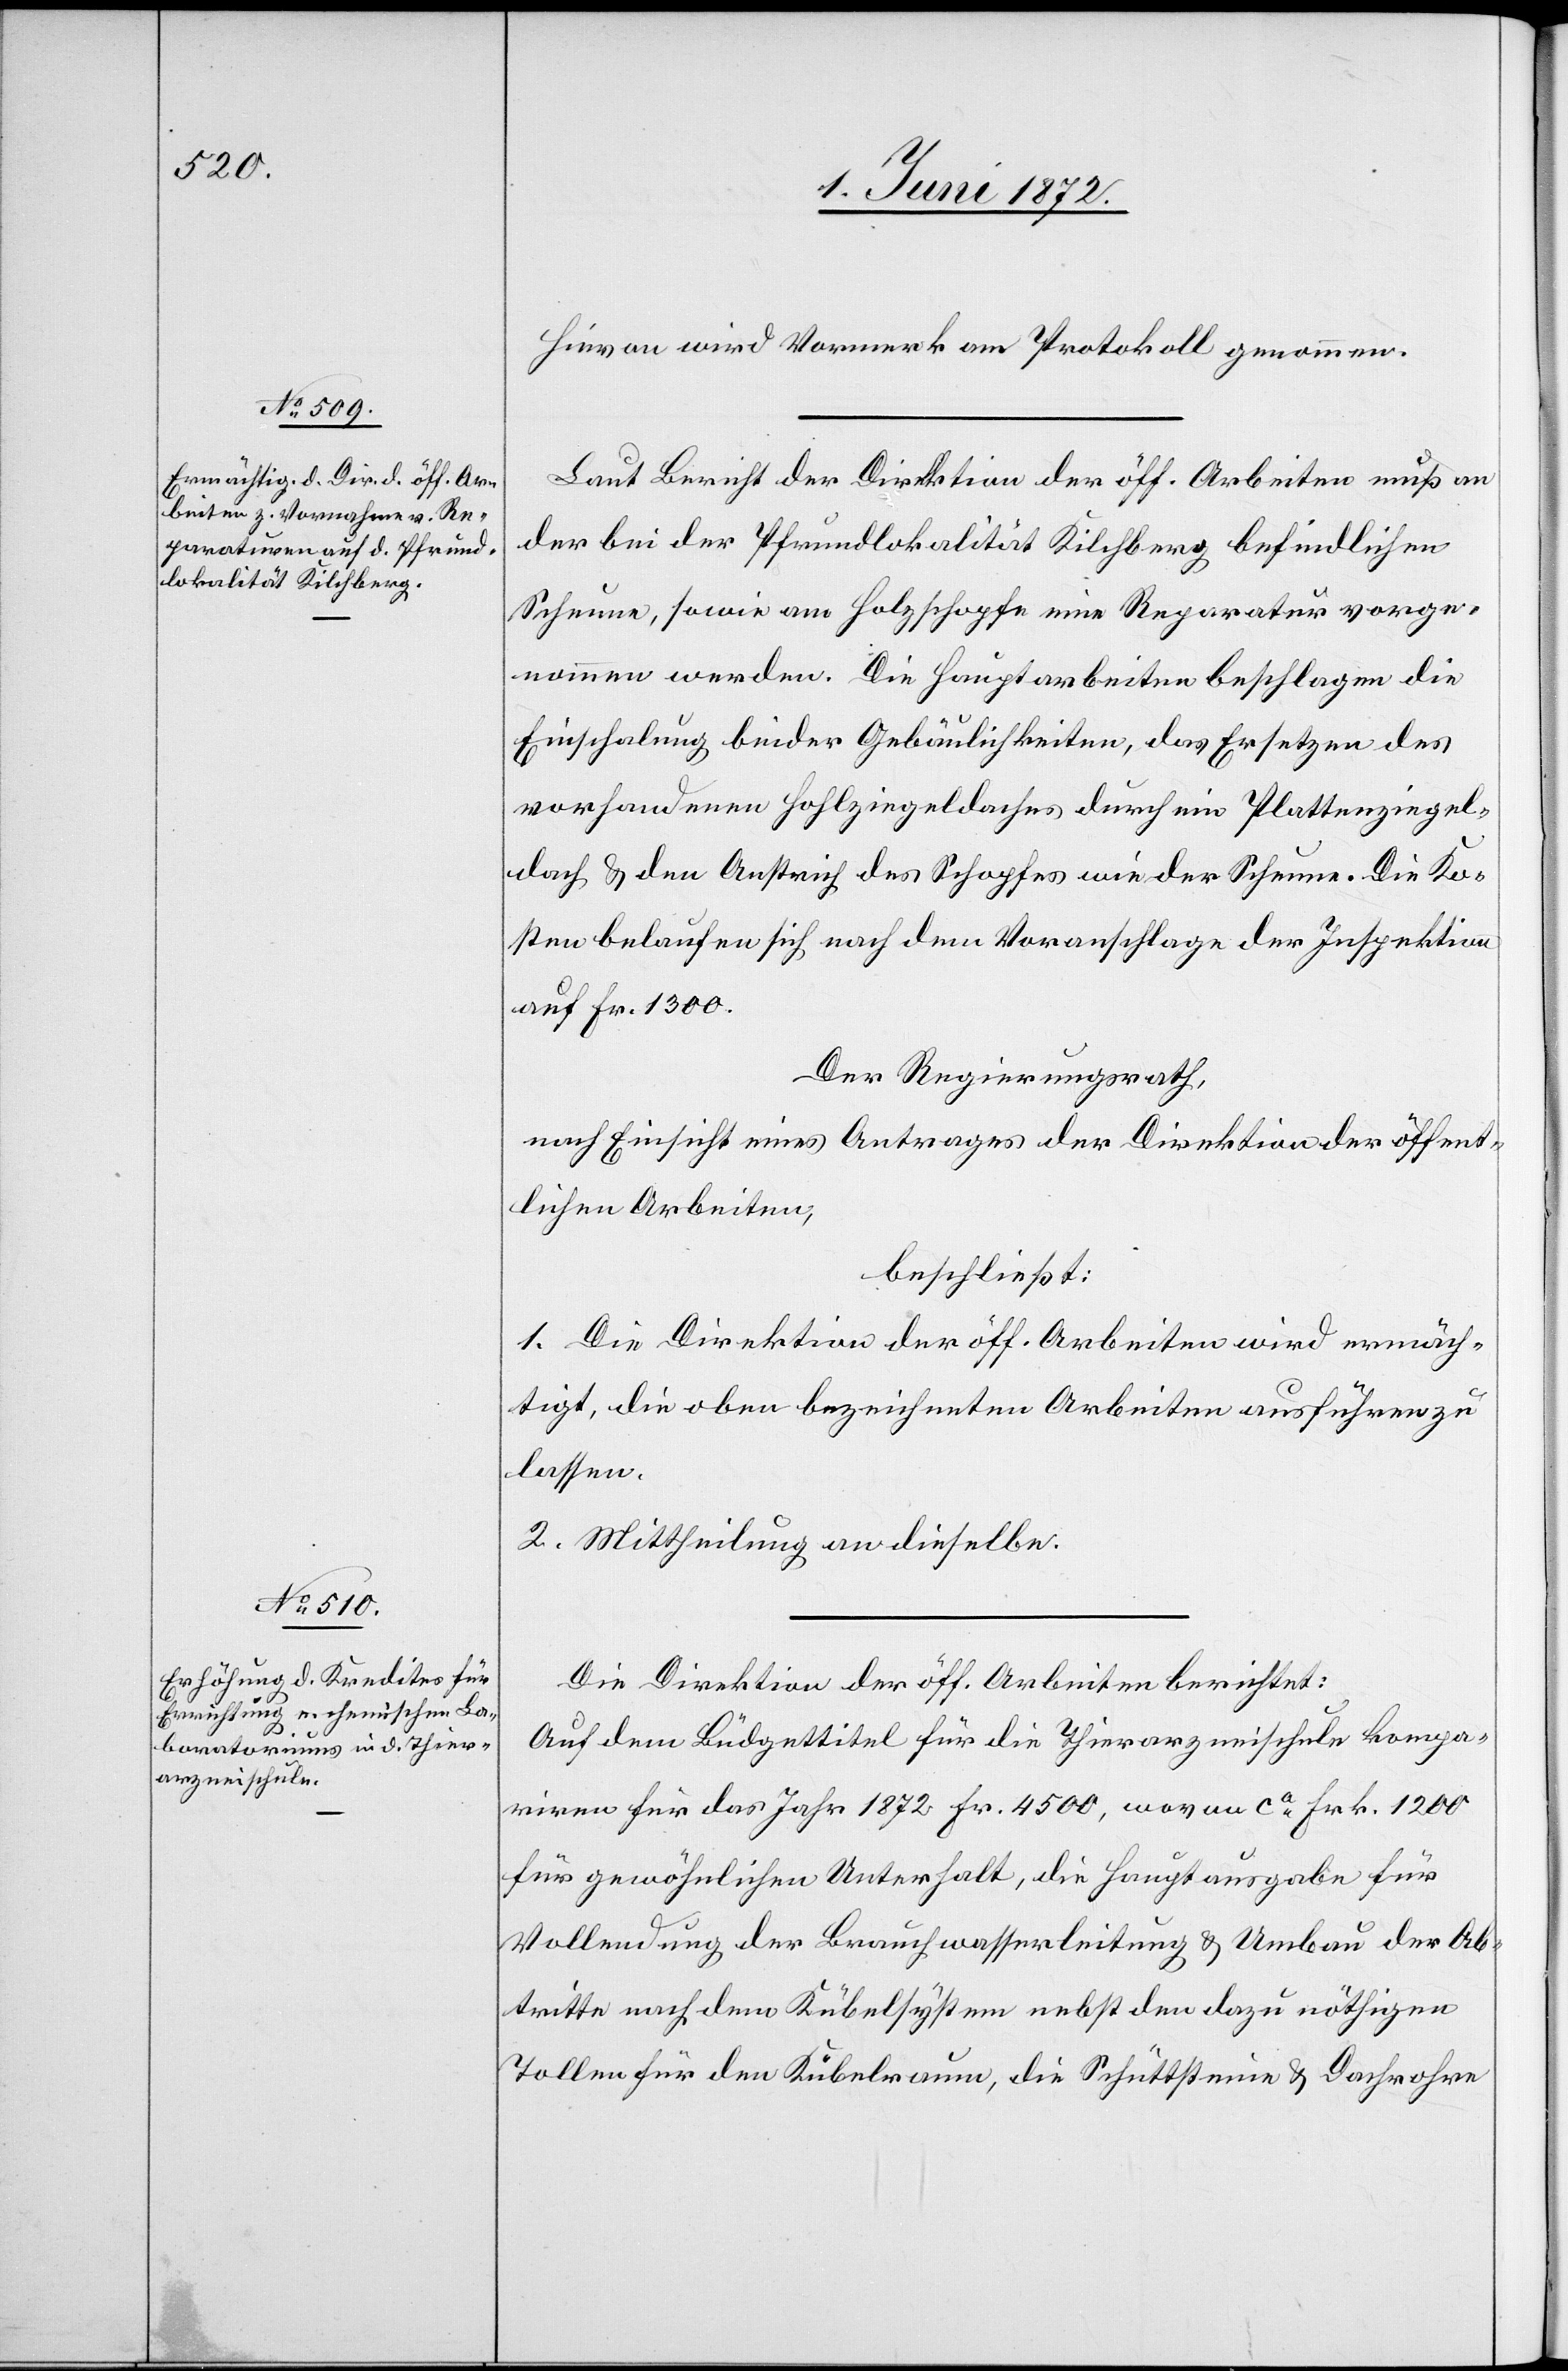
Hievon wird Vormerk am Protokoll genommen.
Laut Bericht der Direktion der öff. Arbeiten muß an
der bei der Pfrundlokalität Kilchberg befindlichen
Scheune, sowie am Holzschopfe eine Reparatur vorge¬
nommen werden. Die Hauptarbeiten beschlagen die
Einschalung beider Gebäulichkeiten, das Ersetzen des
vorhandenen Hohlziegeldaches durch ein Plattenziegel¬
dach u. den Anstrich des Schopfes wie der Scheune. Die Ko¬
sten belaufen sich nach dem Voranschlage der Inspektion
auf Fr. 1300.
Der Regierungsrath,
nach Einsicht eines Antrages der Direktion der öffent¬
lichen Arbeiten,
beschließt:
1. Die Direktion der öff. Arbeiten wird ermäch¬
tigt, die oben bezeichneten Arbeiten ausführen zu
lassen.
2. Mittheilung an dieselbe.
Die Direktion der öff. Arbeiten berichtet:
Auf dem Büdgettitel für die Thierarzneischule kompa¬
riren für das Jahr 1872 Fr. 4500, wovon ca Frk. 1200
für gewöhnlichen Unterhalt, die Hauptausgabe für
Vollendung der Brauchwasserleitung u. Umbau der Ab¬
tritte nach dem Kübelsystem nebst den dazu nöthigen
Tollen für den Kübelraum, die Schüttsteine u. Dachrohre